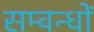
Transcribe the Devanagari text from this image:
सम्वन्धों